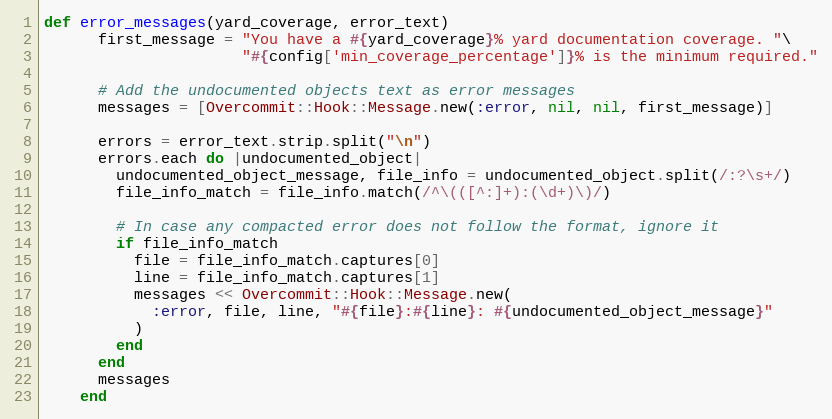
Language: Ruby
def error_messages(yard_coverage, error_text)
      first_message = "You have a #{yard_coverage}% yard documentation coverage. "\
                      "#{config['min_coverage_percentage']}% is the minimum required."

      # Add the undocumented objects text as error messages
      messages = [Overcommit::Hook::Message.new(:error, nil, nil, first_message)]

      errors = error_text.strip.split("\n")
      errors.each do |undocumented_object|
        undocumented_object_message, file_info = undocumented_object.split(/:?\s+/)
        file_info_match = file_info.match(/^\(([^:]+):(\d+)\)/)

        # In case any compacted error does not follow the format, ignore it
        if file_info_match
          file = file_info_match.captures[0]
          line = file_info_match.captures[1]
          messages << Overcommit::Hook::Message.new(
            :error, file, line, "#{file}:#{line}: #{undocumented_object_message}"
          )
        end
      end
      messages
    end